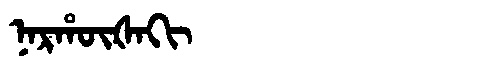
Manchu: ᠨᠠᡵᡥᡡᡧᠠᡴᡳ
Romanization: NARHŪŠAKI